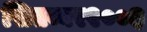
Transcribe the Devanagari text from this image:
सितम्बर२००३